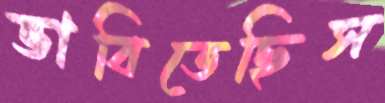
ভাবিতেছিস